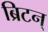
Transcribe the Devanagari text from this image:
ब्रिटन्